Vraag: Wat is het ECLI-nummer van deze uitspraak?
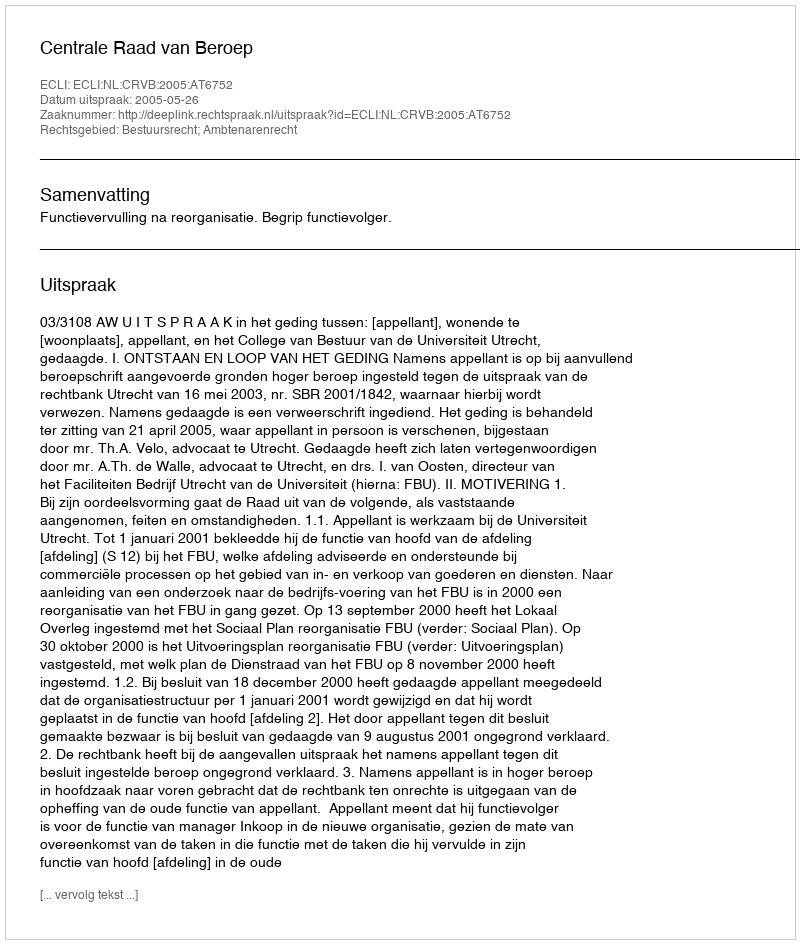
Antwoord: ECLI:NL:CRVB:2005:AT6752